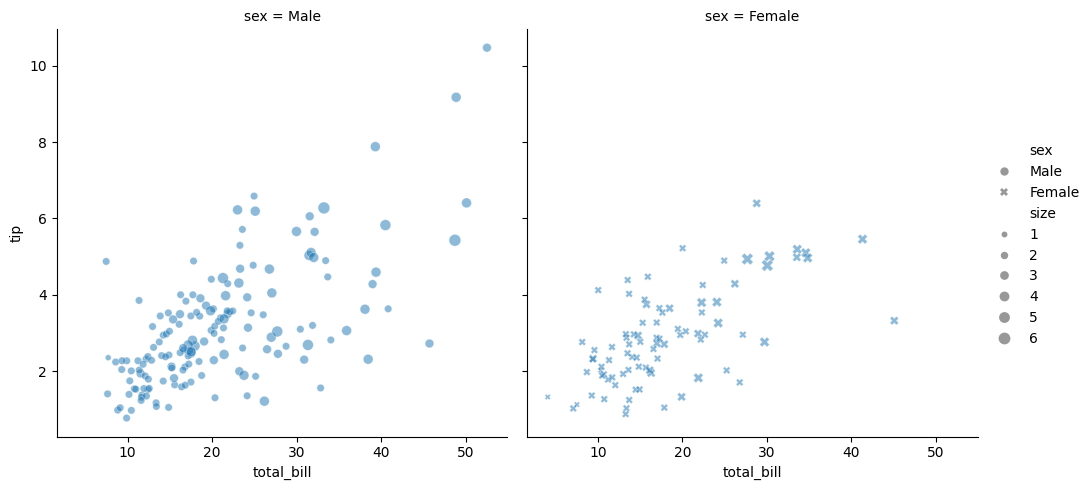
python, seaborn, relplot, alpha=0.5